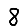
Digit: 8